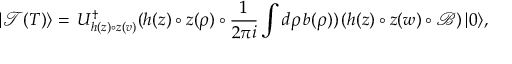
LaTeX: | \mathcal { T } ( T ) \rangle = \, U _ { h ( z ) \circ z ( v ) } ^ { \dagger } ( h ( z ) \circ z ( \rho ) \circ \frac { 1 } { 2 \pi i } \int d \rho \, b ( \rho ) ) \left( h ( z ) \circ z ( w ) \circ \mathcal { B } \right) | 0 \rangle ,